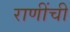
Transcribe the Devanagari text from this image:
राणींची